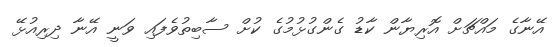
އޭނާގެ މައްޗަށް އޮރިޔާން ކާޑު ގެންގުޅުމުގެ ކުށް ސާބިތުވެފައި ވަނީ އޭނާ ދިރިއުޅޭ